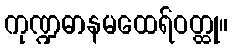
ကုဏ္ဍဓာနမထေရ်ဝတ္ထု။